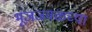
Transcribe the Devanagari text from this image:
भूजजवळच्या